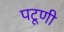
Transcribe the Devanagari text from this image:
पटूणी